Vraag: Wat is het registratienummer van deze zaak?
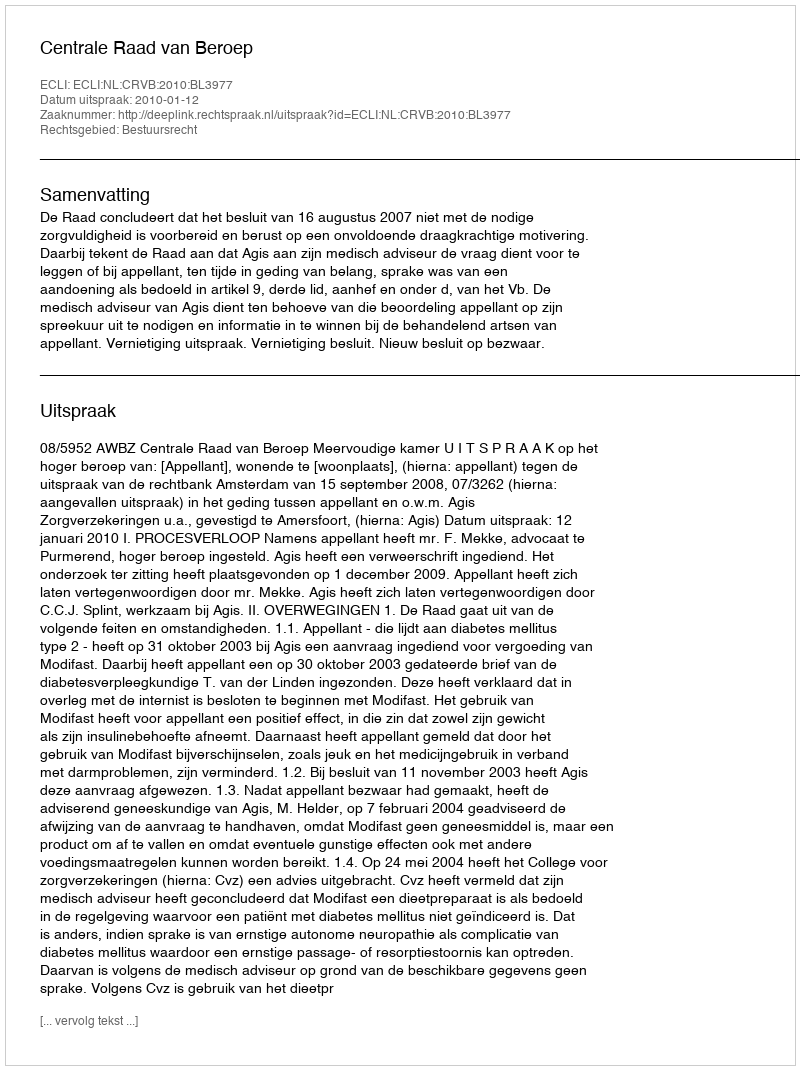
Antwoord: http://deeplink.rechtspraak.nl/uitspraak?id=ECLI:NL:CRVB:2010:BL3977